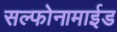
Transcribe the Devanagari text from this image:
सल्फोनामाईड